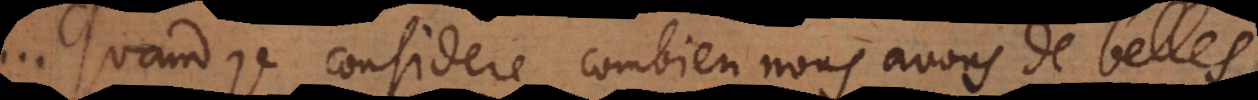
. Quand je considere combien nous avons de belles